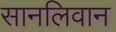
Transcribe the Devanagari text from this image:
सानलिवान